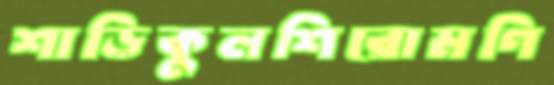
শাড়িকুলশিরোমণি